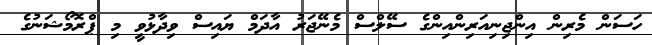
ހަސަން މެރިން އިންޖިނިއަރިންއިންގެ ސޭލްސް މެނޭޖަރު އާދަމް ޔައިސް ވިދާޅުވީ މި ޕްރޮމޯޝަނުގެ